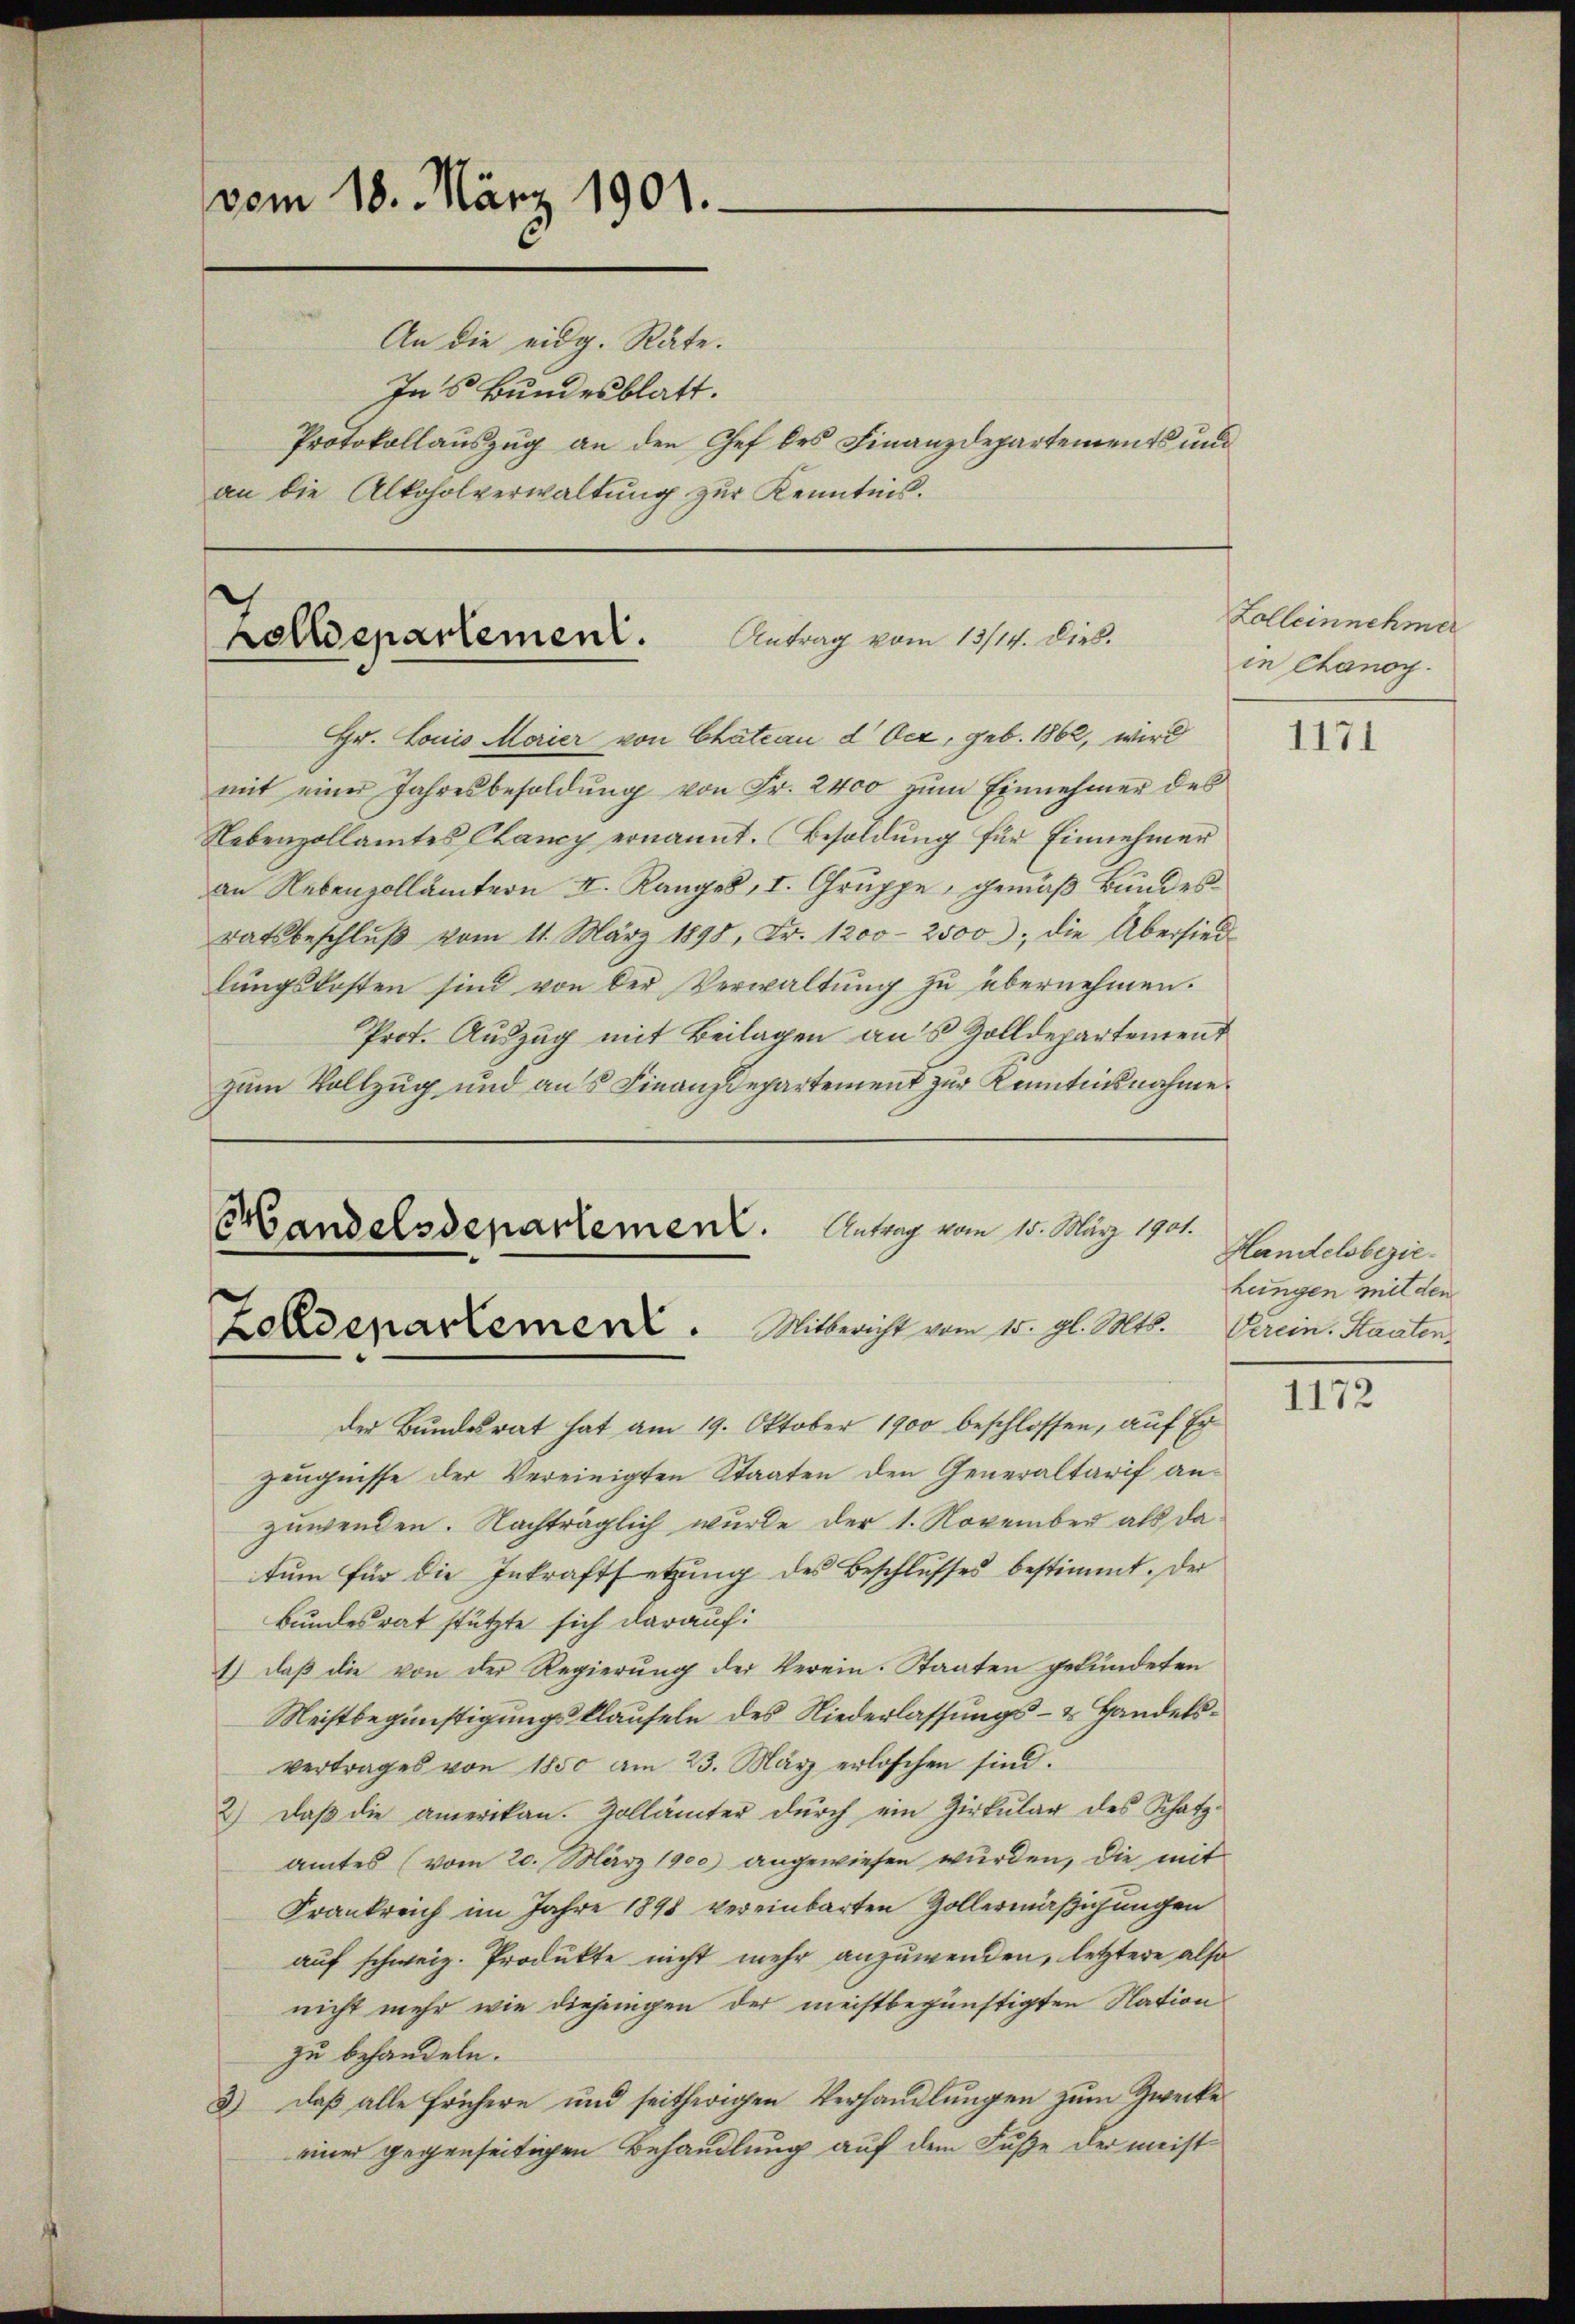
vom 18. März 1901.
An die eidg. Räte.
Ins Bundesblatt.
Protokollauszug an den Chef des Finanzdepartements und
an die Alkoholverwaltŭng zŭr Kenntnis.

Antrag vom 13/14. Dieb.
Zolldepartement.

Hr. Louis Marier von Chateau d Ocz, geb. 1862, wird
mit einer Jahresbesoldŭng von Fr. 2400 zŭm Einnehmen des
Nebenzollamtes Cancy ernannt. Besoldŭng für Einnehmer
an Nebenzollämtern I. Rangel, I. Gruppe, gemäß Bundes
ratsbeschluß vom 11. März 1898, Fr. 1200 - 2500, die Übersiedlungskosten sind von der Verwaltung zu übernehmen.
Prot. Auszug mit Beilagen aus Zolldepartement
zum Vollzug und aus Finanzdepartement zur Kenntnisnahme

5
Landelsdepartement. Antrag vom 15. März 1901.
Zoldenartement. Mitbericht vom 15. gl. Mts. Verein Staaten¬

der Bundesrat hat am 19. Oktober 1900 beschlossen, auf Er¬
Zeugnisse der Vereinigten Staaten den Generaltarif anzuwenden. Nachträglich wurde der 1. November als datŭm für die Inkraftsetzŭng des Beschlŭsses bestimmt. Der
Bundesrat stützte sich darauf:
1) daß die von der Regierung der Verein. Staaten gekündeten
Meistbegünstigungsklauseln des Niederlassungs- & Handelsvertrages von 1850 am 23. März erloschen sind.
2) daβ die amerikan. Zollämter dŭrch ein Zirkŭlar des Schatz-
amtes (vom 20. März 1900) angewiesen wurden, die mit
Frankreich im Jahre 1898 vereinbarten Zollermäßigungen
auf schweiz. Produkte nicht mehr anzuwenden, letztere also
nicht mehr wie diejenigen der meistbegünstigten Nation
zu behandeln.
3) daß alle frühere und seitherigen Verhandlungen zum Zwecke
einer gegenseitigen Behandlung auf dem Fuße der meist¬

Zolleinnehmer
in Chanoy.

1171

Handelsbezie
Leingen mit den

1172